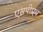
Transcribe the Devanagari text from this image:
एसपीएच